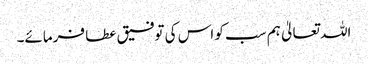
اللہ تعالیٰ ہم سب کو اس کی توفیق عطا فرمائے۔